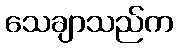
သေချာသည်က